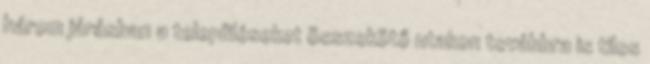
három járásban a településeket összekötő utakon továbbra is tilos